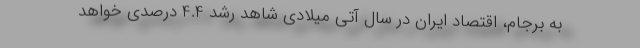
به برجام، اقتصاد ایران در سال آتی میلادی شاهد رشد 4.4 درصدی خواهد